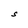
Character: S